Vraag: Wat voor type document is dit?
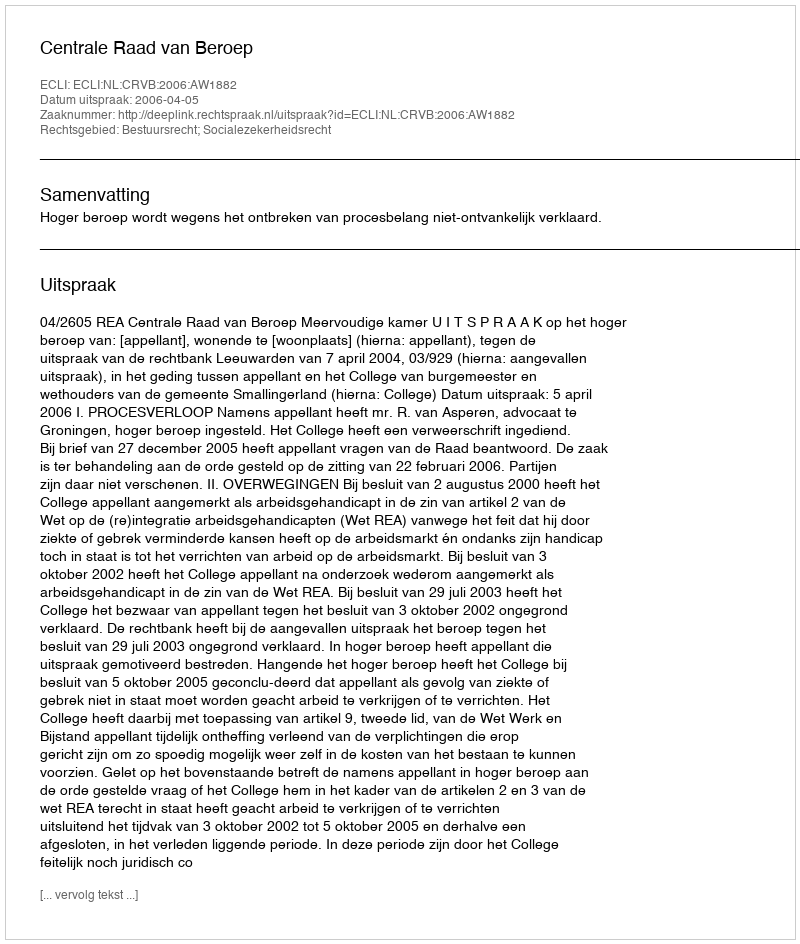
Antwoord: Uitspraak